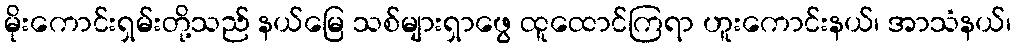
မိုးကောင်းရှမ်းတို့သည် နယ်မြေ သစ်များရှာဖွေ ထူထောင်ကြရာ ဟူးကောင်းနယ်၊ အာသံနယ်၊